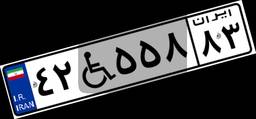
۴۲W۵۵۸۸۳